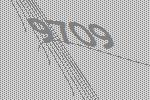
9709